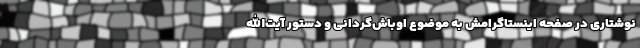
نوشتاری در صفحه اینستاگرامش به موضوع اوباش‌گردانی و دستور آیت‌الله